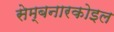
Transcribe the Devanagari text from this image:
सेम्बनारकोइल